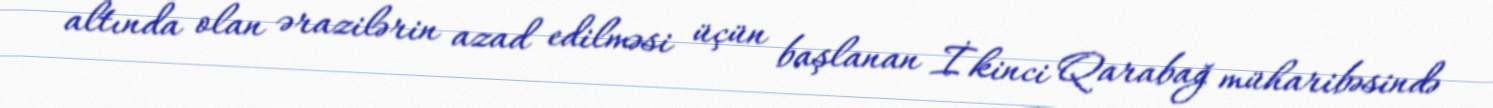
altında olan ərazilərin azad edilməsi üçün başlanan İkinci Qarabağ müharibəsində